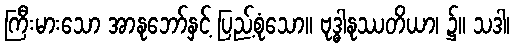
ကြီးမားသော အာနုဘော်နှင့် ပြည့်စုံသော။ ဗုဒ္ဓါနုဿတိယာ၊ ၌။ သဒါ၊